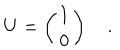
LaTeX: U = \left( \begin{array} { c } { { 1 } } \\ { { 0 } } \\ \end{array} \right) \quad .